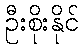
ဦးစိုးနိုင်